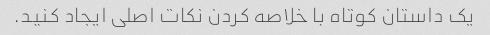
یک داستان کوتاه با خلاصه کردن نکات اصلی ایجاد کنید.